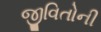
જીવિતોની